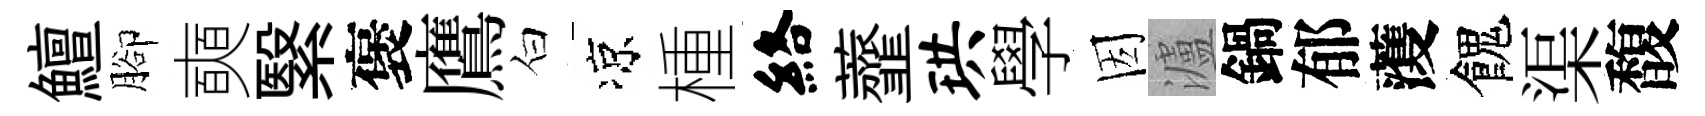
鱣腳奭繄褒鷹白凉㮔絡虀珙學因瀘鍋郁𮑮餽渠馥